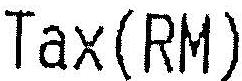
TAX(RM)